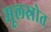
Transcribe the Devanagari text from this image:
मूलस्रोत